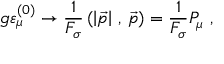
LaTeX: g \varepsilon _ { \mu } ^ { ( 0 ) } \rightarrow \frac { 1 } { F _ { \sigma } } \left( \left\vert \vec { p } \right\vert \, , \, \vec { p } \right) = \frac { 1 } { F _ { \sigma } } P _ { \mu } \ ,